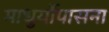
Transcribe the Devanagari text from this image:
माधुर्योपासना